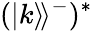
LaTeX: (|k\rangle\! \rangle^{-})^{*}